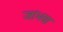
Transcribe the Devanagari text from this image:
जांभया